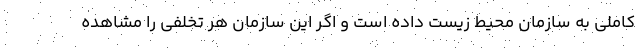
کاملی به سازمان محیط زیست داده است و اگر این سازمان هر تخلفی را مشاهده